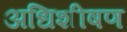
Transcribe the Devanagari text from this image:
अधिशीषण